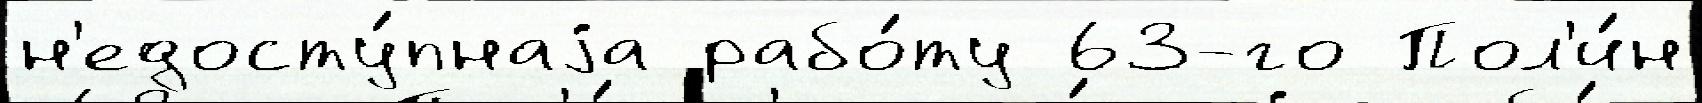
н'едосту́пнаjа рабо́ту 63-го Пол'и́н